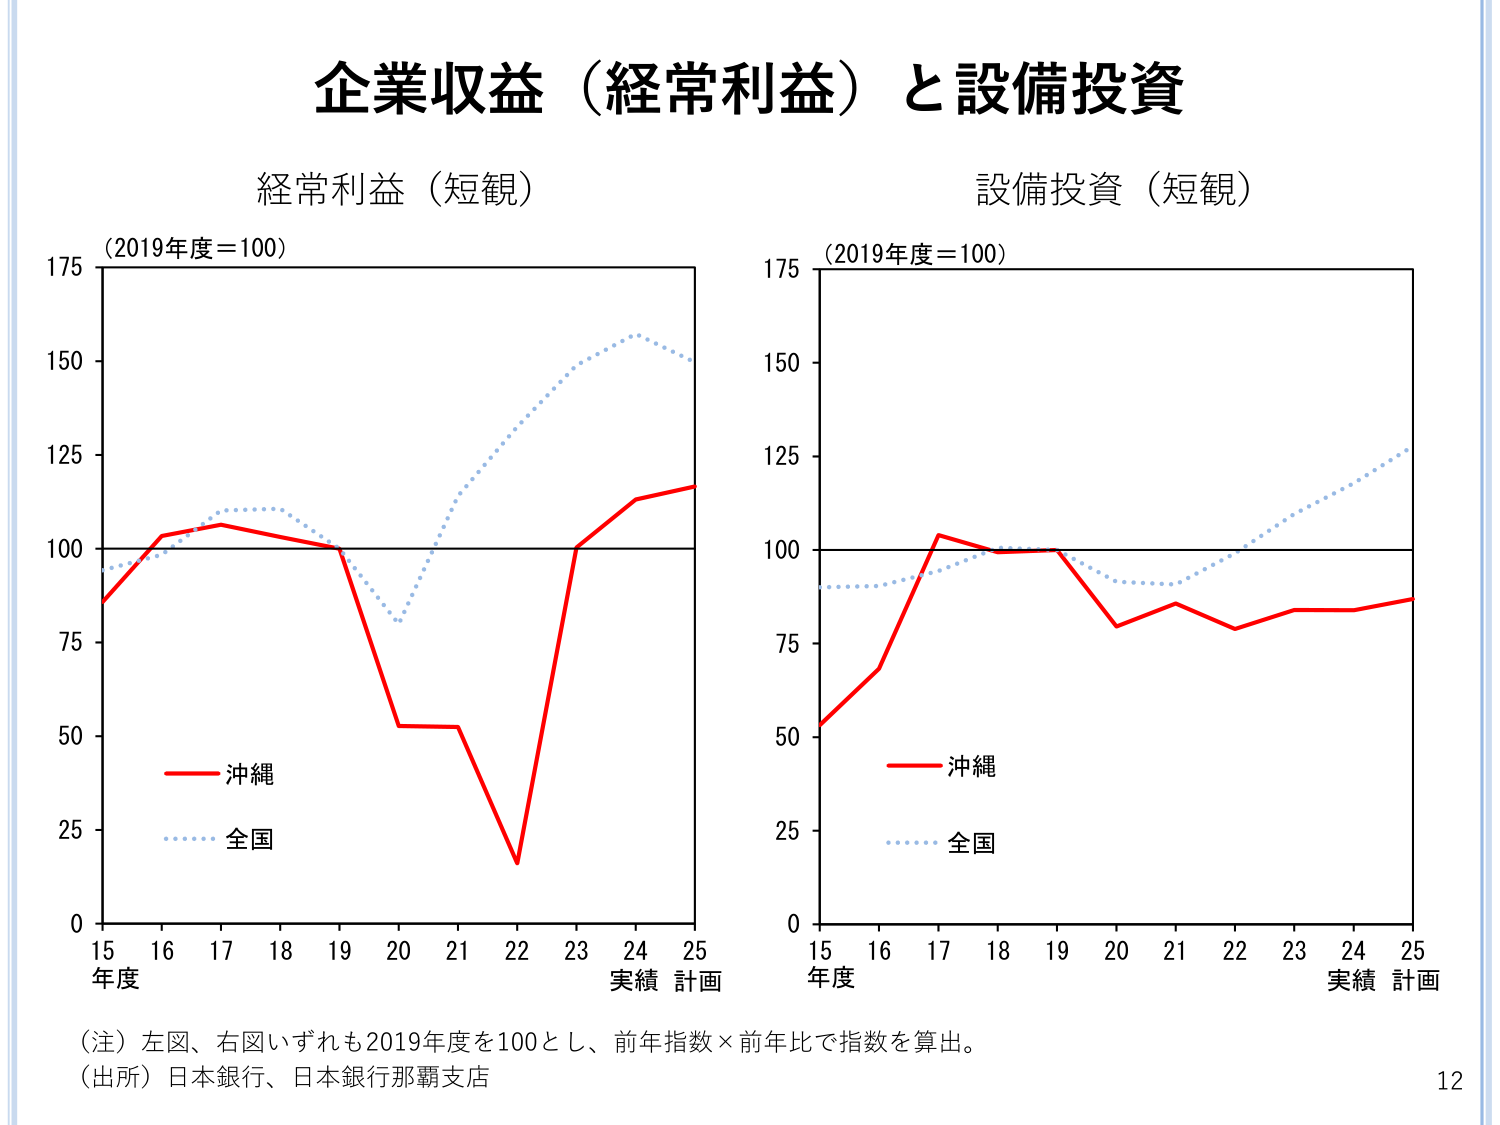
企業収益（経常利益）と設備投資

経常利益（短観）
（2019年度＝100）
175
150
125
100
75
50
25
0
15 16 17 18 19 20 21 22 23 24 25
年度 実績 計画
沖縄
全国

設備投資（短観）
（2019年度＝100）
175
150
125
100
75
50
25
0
15 16 17 18 19 20 21 22 23 24 25
年度 実績 計画
沖縄
全国

（注）左図、右図いずれも2019年度を100とし、前年指数×前年比で指数を算出。
（出所）日本銀行、日本銀行那覇支店

12